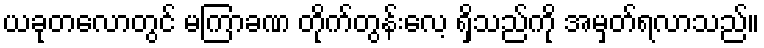
ယခုတလောတွင် မကြာခဏ တိုက်တွန်းလေ့ ရှိသည်ကို အမှတ်ရလာသည်။